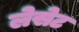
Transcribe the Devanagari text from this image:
लेसेट